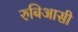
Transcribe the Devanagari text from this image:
रुबिआसी